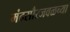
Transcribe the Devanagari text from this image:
मंदसौरजवळच्या